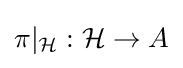
\pi |_{\mathcal {H}}:{\mathcal {H}}\to A